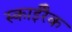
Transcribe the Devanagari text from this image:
स्काईरैक